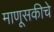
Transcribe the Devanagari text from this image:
माणूसकीचे